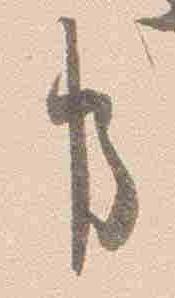
事